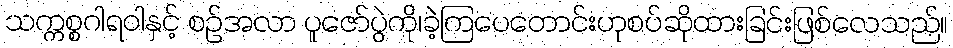
သက္ကစ္စဂါရဝါနှင့် စဉ်အလာ ပူဇော်ပွဲကို၊ခဲ့ကြပေတောင်းဟုစပ်ဆိုထားခြင်းဖြစ်လေသည်။